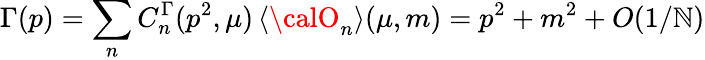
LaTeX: \Gamma(p)=\sum_{n}C_{n}^{\Gamma}(p^{2},\mu)\, \langle{\calO}_{n}\rangle(\mu,m)=p^{2}+m^{2}+O(1/\mathbb{N})